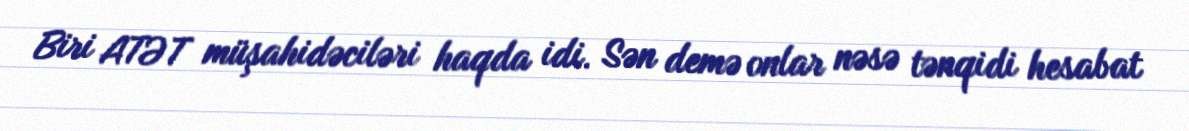
Biri ATƏT müşahidəciləri haqda idi. Sən demə onlar nəsə tənqidi hesabat